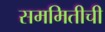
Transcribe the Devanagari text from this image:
सममितीची